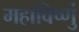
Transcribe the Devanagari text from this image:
महाविष्णुं